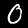
Digit: 0